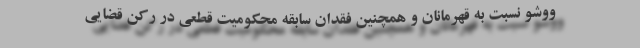
ووشو نسبت به قهرمانان و همچنین فقدان سابقه محکومیت قطعی در رکن قضایی